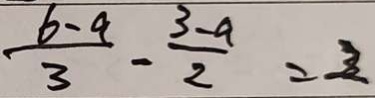
\frac { 6 - a } { 3 } - \frac { 3 - a } { 2 } = 2